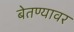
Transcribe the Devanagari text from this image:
बेतण्यावर